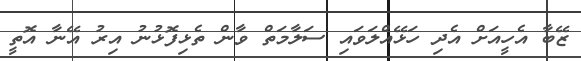
ޒޭބާ އެހީއަށް އެދި ހަޅޭއްލަވައި ސަލާމަތް ވާން ތެޅިފޮޅުނު އިރު އޭނާ އޮތީ